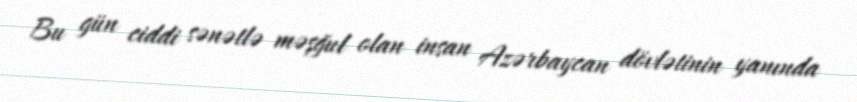
Bu gün ciddi sənətlə məşğul olan insan Azərbaycan dövlətinin yanında